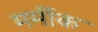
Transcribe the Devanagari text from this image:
मर्मीक